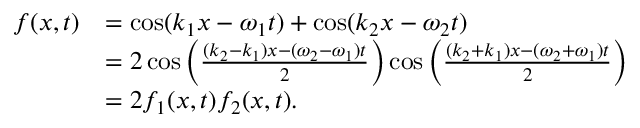
{ \begin{array} { r l } { f ( x , t ) } & { = \cos ( k _ { 1 } x - \omega _ { 1 } t ) + \cos ( k _ { 2 } x - \omega _ { 2 } t ) } \\ & { = 2 \cos \left( { \frac { ( k _ { 2 } - k _ { 1 } ) x - ( \omega _ { 2 } - \omega _ { 1 } ) t } { 2 } } \right) \cos \left( { \frac { ( k _ { 2 } + k _ { 1 } ) x - ( \omega _ { 2 } + \omega _ { 1 } ) t } { 2 } } \right) } \\ & { = 2 f _ { 1 } ( x , t ) f _ { 2 } ( x , t ) . } \end{array} }